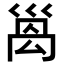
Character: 𫶩